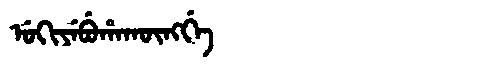
Manchu: ᡠᡴᡳᠶᡝᠪᡠᡥᠠᡴᡡᠩᡤᡝ
Romanization: UKIYEBUHAKŪNGGE